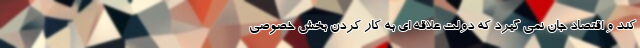
کند و اقتصاد جان نمی گیرد که دولت علاقه ای به کار کردن بخش خصوصی